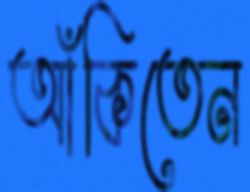
আঁকিতেন